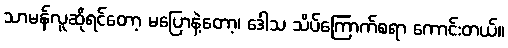
သာမန်လူဆိုရင်တော့ မပြောနဲ့တော့၊ ဒေါသ သိပ်ကြောက်စရာ ကောင်းတယ်။